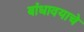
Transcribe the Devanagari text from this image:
बांधावयाचे